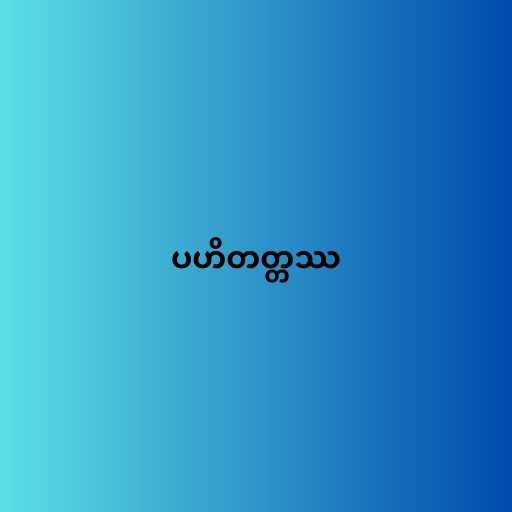
ပဟိတတ္တဿ